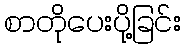
စာတိုပေးပို့ခြင်း